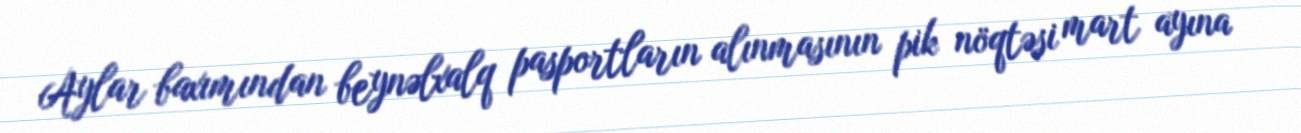
Aylar baxımından beynəlxalq pasportların alınmasının pik nöqtəsi mart ayına